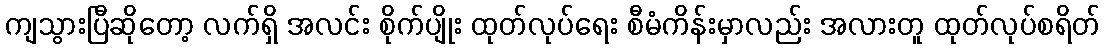
ကျသွားပြီဆိုတော့ လက်ရှိ အလင်း စိုက်ပျိုး ထုတ်လုပ်ရေး စီမံကိန်းမှာလည်း အလားတူ ထုတ်လုပ်စရိတ်